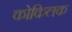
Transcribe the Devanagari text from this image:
कोकिलक